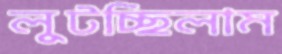
লুটচ্ছিলাম